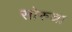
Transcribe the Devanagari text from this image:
सोरुचा